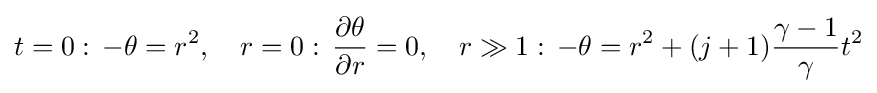
t=0:\,-\theta =r^{2},\quad r=0:\,{\frac {\partial \theta }{\partial r}}=0,\quad r\gg 1:\,-\theta =r^{2}+(j+1){\frac {\gamma -1}{\gamma }}t^{2}